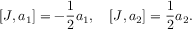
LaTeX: [ J , a _ { 1 } ] = - { \frac { 1 } { 2 } } a _ { 1 } , \quad [ J , a _ { 2 } ] = { \frac { 1 } { 2 } } a _ { 2 } .